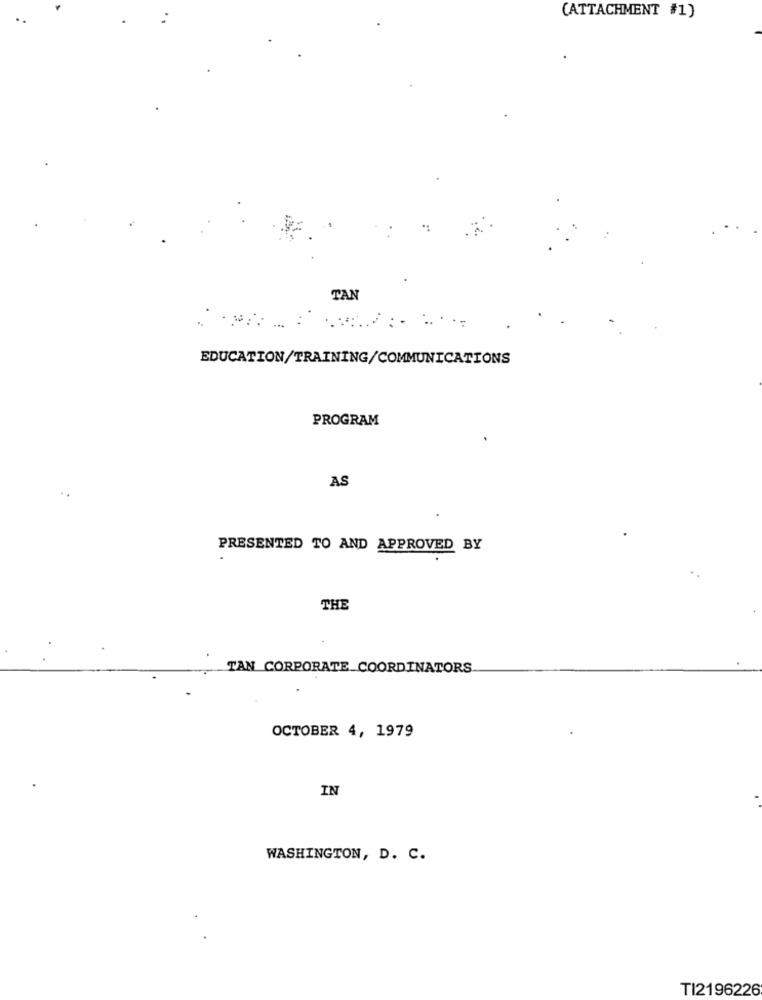
(ATTACHMENT #1)
TAN
EDUCATION/TRAINING/COMMUNICATIONS
PROGRAM
AS
PRESENTED TO AND APPROVED BY
THE
TAN CORPORATE_COORDINATORS
OCTOBER 4, 1979
IN
WASHINGTON, D. C.
TI2196226